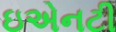
ઇએનટી